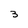
Character: 3